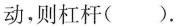
动，则杠杆( ).